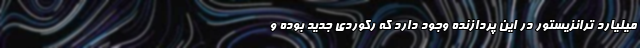
میلیارد ترانزیستور در این پردازنده وجود دارد که رکوردی جدید بوده و